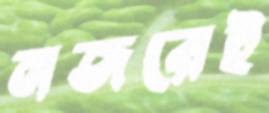
নজরেই